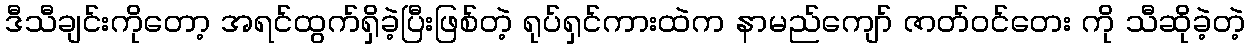
ဒီသီချင်းကိုတော့ အရင်ထွက်ရှိခဲ့ပြီးဖြစ်တဲ့ ရုပ်ရှင်ကားထဲက နာမည်ကျော် ဇာတ်ဝင်တေး ကို သီဆိုခဲ့တဲ့